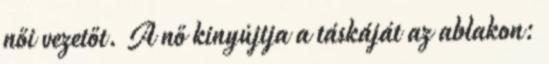
női vezetőt. A nő kinyújtja a táskáját az ablakon: